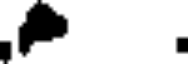
.